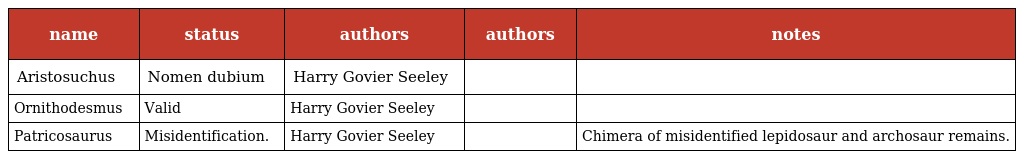
| name | status | authors | authors | notes |
 | --- | --- | --- | --- | --- |
 | Aristosuchus | Nomen dubium | Harry Govier Seeley |  |  |
 | Ornithodesmus | Valid | Harry Govier Seeley |  |  |
 | Patricosaurus | Misidentification. | Harry Govier Seeley |  | Chimera of misidentified lepidosaur and archosaur remains. |